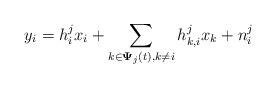
LaTeX: \begin{align*}y_i=h^j_{i}x_i+\sum_{k\in\bold{\Psi}_{j}(t),k\neq i}h^j_{k,i}x_k+n^j_i\end{align*}